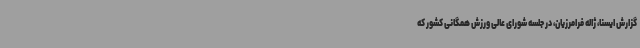
گزارش ایسنا، ژاله فرامرزیان، در جلسه شورای عالی ورزش همگانی کشور که